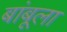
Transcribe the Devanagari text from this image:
बांबूला